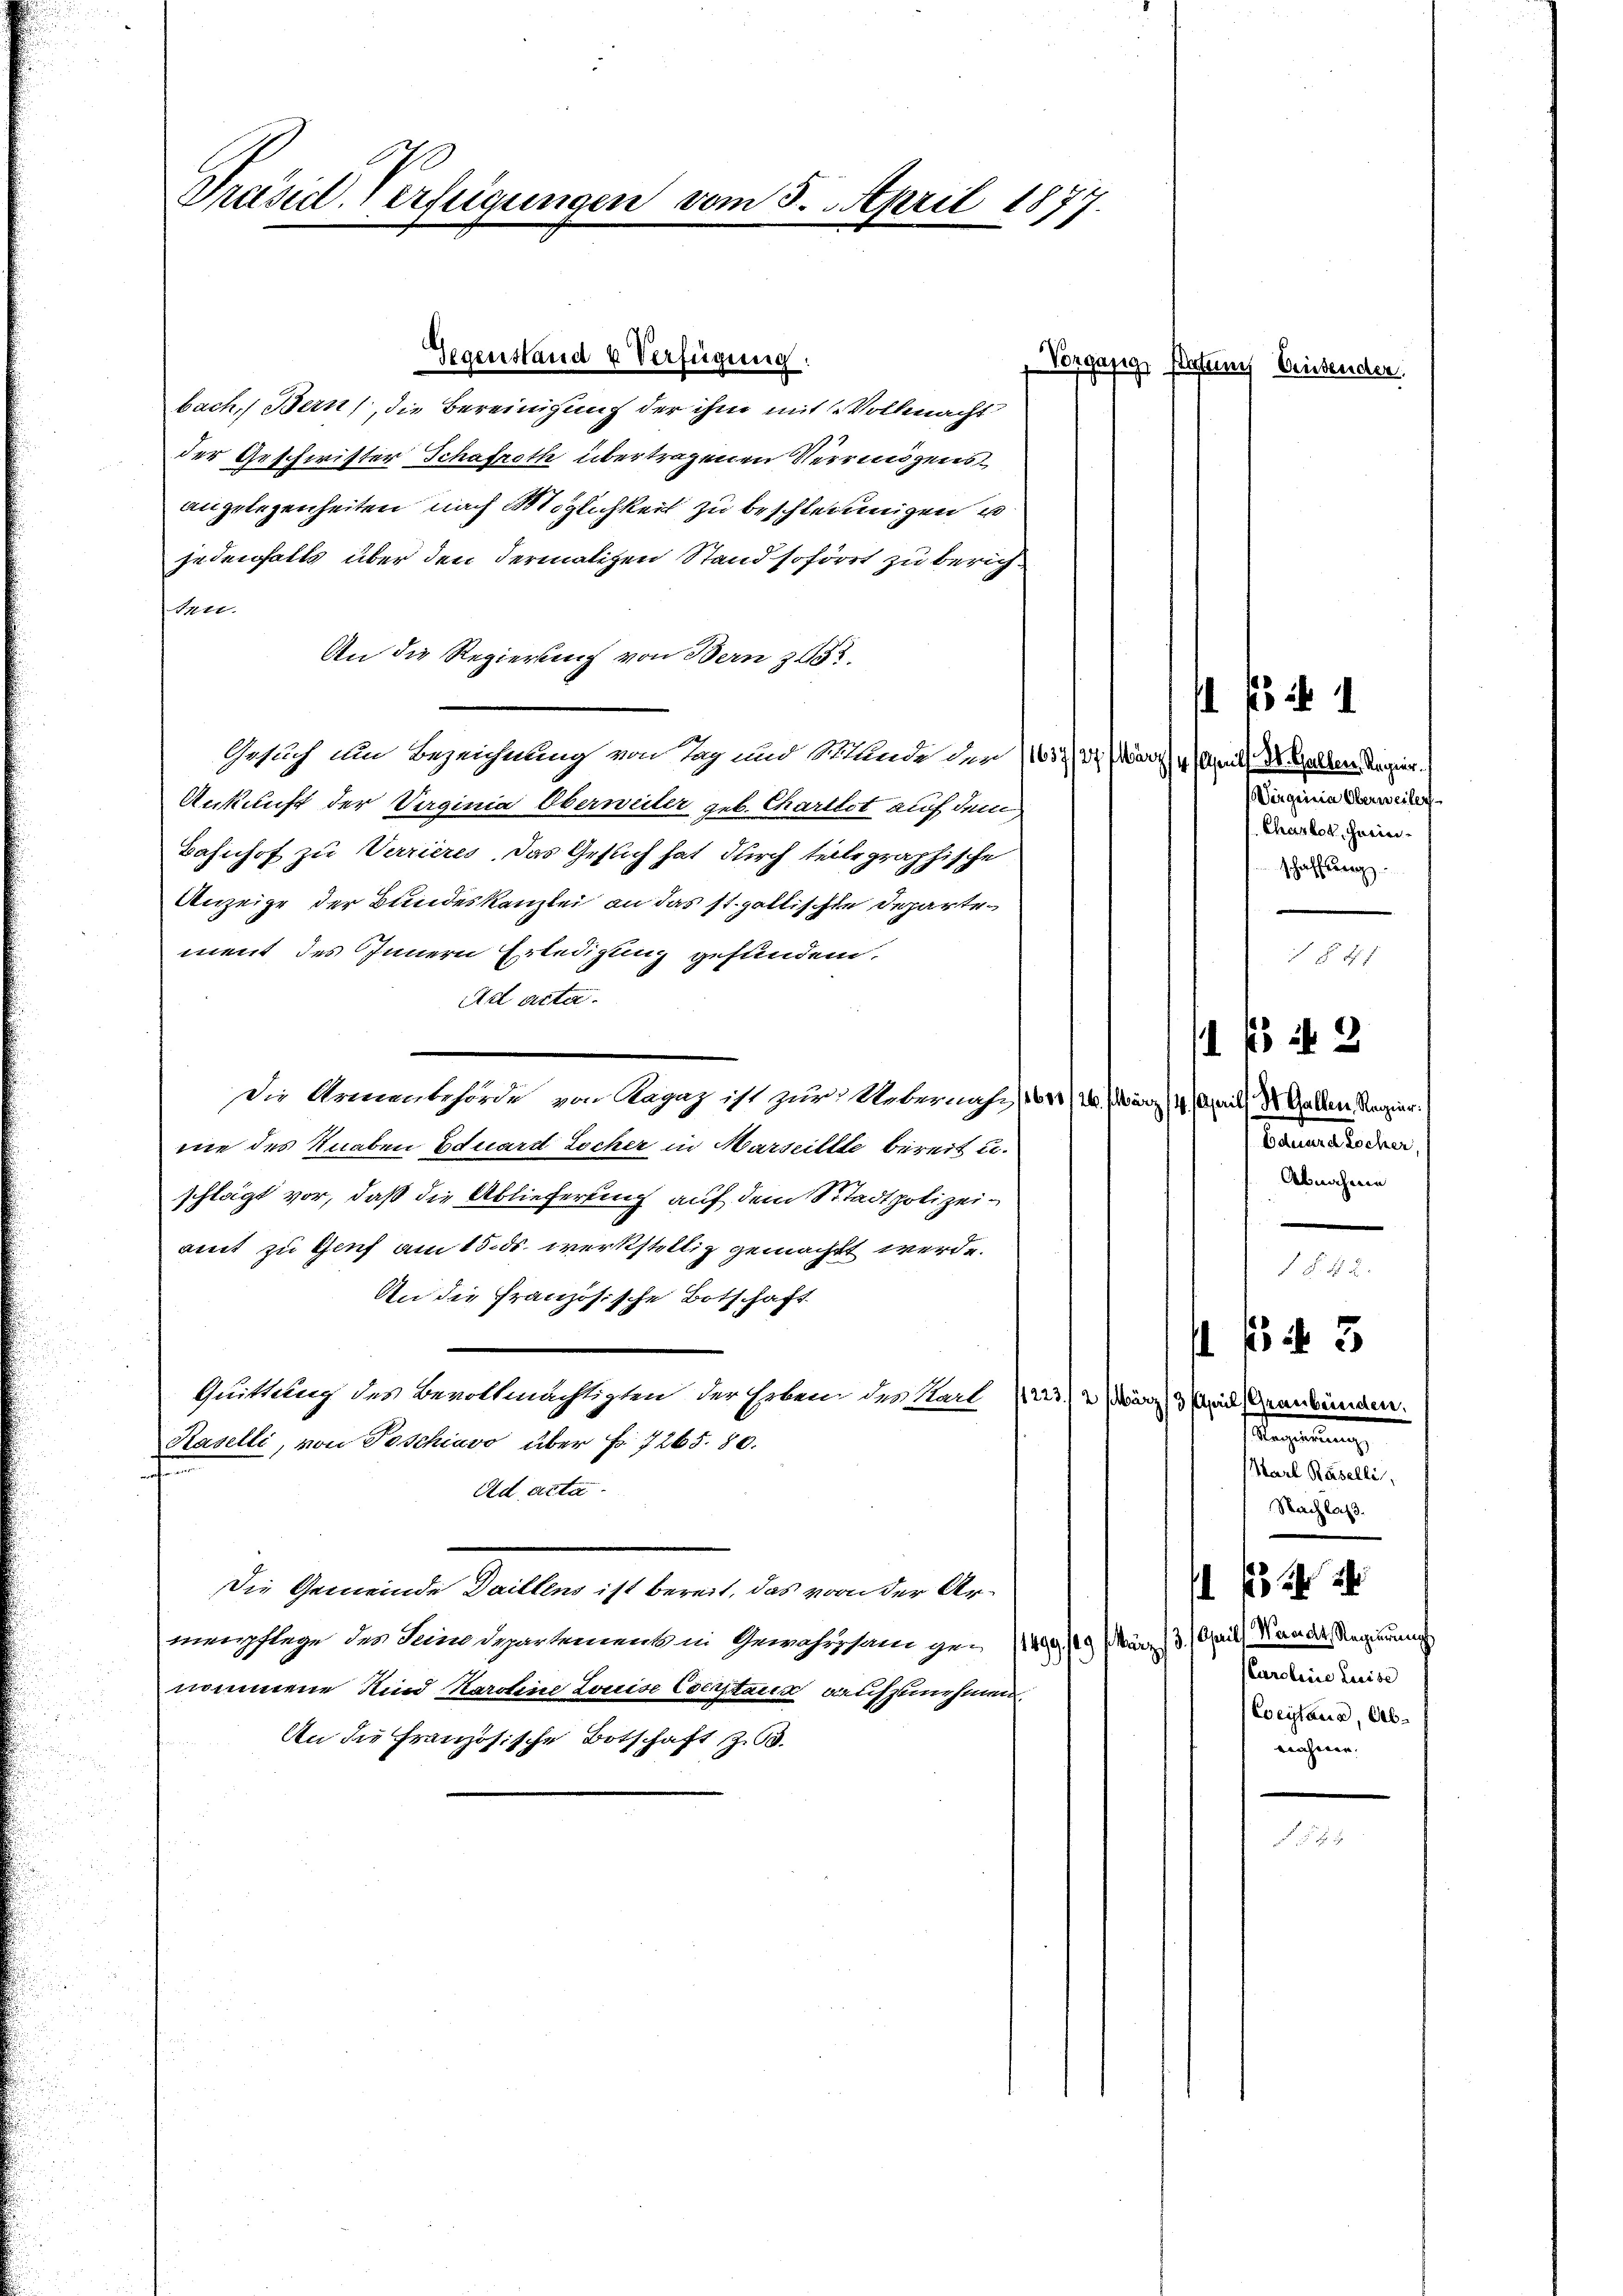
Präsid. Verfügungen vom 3. April 1877.

bach, Bern, die Bereinigung der ihm mit Vollmacht
der Geschwister Schafroth übertragenen Vermögensangelegenheiten nach Möglichkeit zu beschleinnigen u
jedenfalls über den dermatizen Stand sofort zu berich¬
Mtt.
An die Regierung von Bern 132.
Gesuch um Bezeichnung von Tag und Munde der 105. 31. März 4. April, M. allen Regier.
Ankunft der Virginia Oberweiter geb. Charlot auf dem
Bahnhof zu Verrieres, das Gesuch hat durch telegraphische
Anzeige der Bundeskanzlei an das st. gallische Departement des Innern Erledigung gefunden.
Ad acta.
Die Armenbehörde von Ragaz ist zur Uebernahm / 16/20. März (4. Aprill Dr. Gallen Regier
nie des Knaben Eduard Locher in Marseillte bereit u.
schlägt vor, daß die Ablieferung auf dem Stadtpolizeiamt zu Genf am 15. ds. werkstellig gemacht werde.
An die Französische Botschaft
Quittung des Bevollmächtigten der Erben des Stadt Nr. 2 März mit Graubünden.
Kaselli, von Poschiavo über Fr. 7265. 80.
n
Ad acta.
Die Gemeinde Faillen, ist berat, das von der Armenpflege der Seine Departement in Gewahrsam ge- 1499. 119 März 3. April) Wander Regierung
nommene Kind Karoline Louise Certana aufzunehmen.
An die Französische Botschaft, z. 3.

Gegenstand u Verfügung.

Vorgang, Paten Griesenden.

Virginia Oberweiler
Chasbot, Freinischaffung.

115 n 3
Eduard Locher,
Abnahme
d

e

/ 43

segelung
Karl Raselli,
Nachlaß.
22
Karoline Luise
Weitana, Abrahmen.

H.